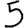
Digit: 5